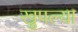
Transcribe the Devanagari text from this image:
खुपल्या